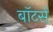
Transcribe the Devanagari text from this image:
बॉटर्स